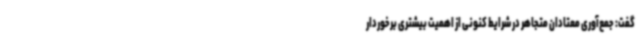
گفت: جمع‌آوری معتادان متجاهر در شرایط کنونی از اهمیت بیشتری برخوردار